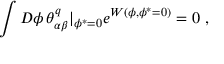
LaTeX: \int { \cal D } \phi \, \theta _ { \alpha \beta } ^ { q } | _ { \phi ^ { * } = 0 } e ^ { W ( \phi , \phi ^ { * } = 0 ) } = 0 \ ,